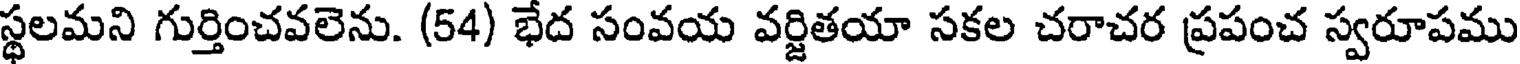
స్థలమని గుర్తించవలెను. (54) భేద సంవయ వర్జితయా సకల చరాచర ప్రపంచ స్వరూపము